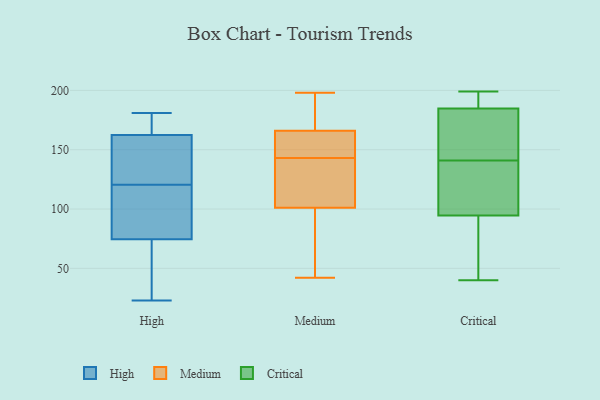
{"axis": {"x": "Market Share (%)", "y": "Value"}, "legend": ["Critical", "High", "Medium"], "data": [{"x": "", "y": 166, "type": "High"}, {"x": "", "y": 159, "type": "High"}, {"x": "", "y": 169, "type": "High"}, {"x": "", "y": 87, "type": "High"}, {"x": "", "y": 27, "type": "High"}, {"x": "", "y": 23, "type": "High"}, {"x": "", "y": 181, "type": "High"}, {"x": "", "y": 139, "type": "High"}, {"x": "", "y": 113, "type": "High"}, {"x": "", "y": 62, "type": "High"}, {"x": "", "y": 95, "type": "High"}, {"x": "", "y": 128, "type": "High"}, {"x": "", "y": 83, "type": "Medium"}, {"x": "", "y": 129, "type": "Medium"}, {"x": "", "y": 81, "type": "Medium"}, {"x": "", "y": 173, "type": "Medium"}, {"x": "", "y": 119, "type": "Medium"}, {"x": "", "y": 128, "type": "Medium"}, {"x": "", "y": 170, "type": "Medium"}, {"x": "", "y": 42, "type": "Medium"}, {"x": "", "y": 162, "type": "Medium"}, {"x": "", "y": 157, "type": "Medium"}, {"x": "", "y": 160, "type": "Medium"}, {"x": "", "y": 198, "type": "Medium"}, {"x": "", "y": 117, "type": "Critical"}, {"x": "", "y": 105, "type": "Critical"}, {"x": "", "y": 40, "type": "Critical"}, {"x": "", "y": 179, "type": "Critical"}, {"x": "", "y": 187, "type": "Critical"}, {"x": "", "y": 181, "type": "Critical"}, {"x": "", "y": 40, "type": "Critical"}, {"x": "", "y": 199, "type": "Critical"}, {"x": "", "y": 91, "type": "Critical"}, {"x": "", "y": 186, "type": "Critical"}, {"x": "", "y": 141, "type": "Critical"}]}